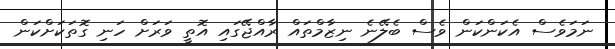
ނަމަވެސް އެކަންކަން ވެސް ބެލޭނެ ނިޒާމްތައް ރާއްޖޭގައި އޮތީ ވަރަށް ހަނި ގޮތަކަށްކަން